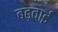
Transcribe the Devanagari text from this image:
बढ़वाई